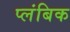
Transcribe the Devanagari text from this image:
प्लंबिक